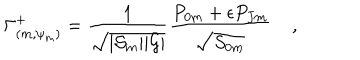
\Gamma _ { ( m , \psi _ { m } ) } ^ { + } = { \frac { 1 } { \sqrt { | { \cal S } _ { m } | | { \cal G } | } } } { \frac { { P } _ { 0 m } + \epsilon { P } _ { J m } } { \sqrt { { S } _ { 0 m } } } } \; ,